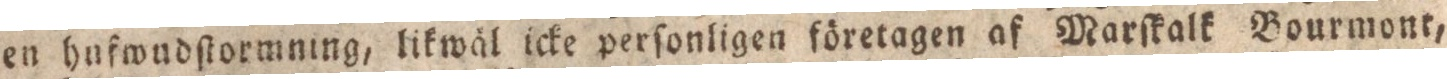
en hnfwudſtormning, likwäl icke personligen företagen af Marſkalk Bourmont,